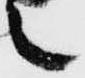
之